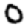
Digit: 0